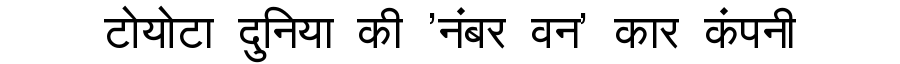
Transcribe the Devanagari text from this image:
टोयोटा दुनिया की 'नंबर वन' कार कंपनी